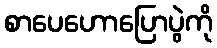
စာပေဟောပြောပွဲကို